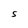
Character: S